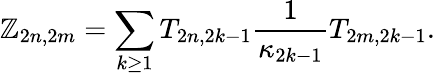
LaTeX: \mathbb{Z}_{2n,2m}=\sum_{k\geq1}T_{2n,2k-1}\frac{{1}}{{\kappa_{2k-1}}}T_{2m,2k-1}.